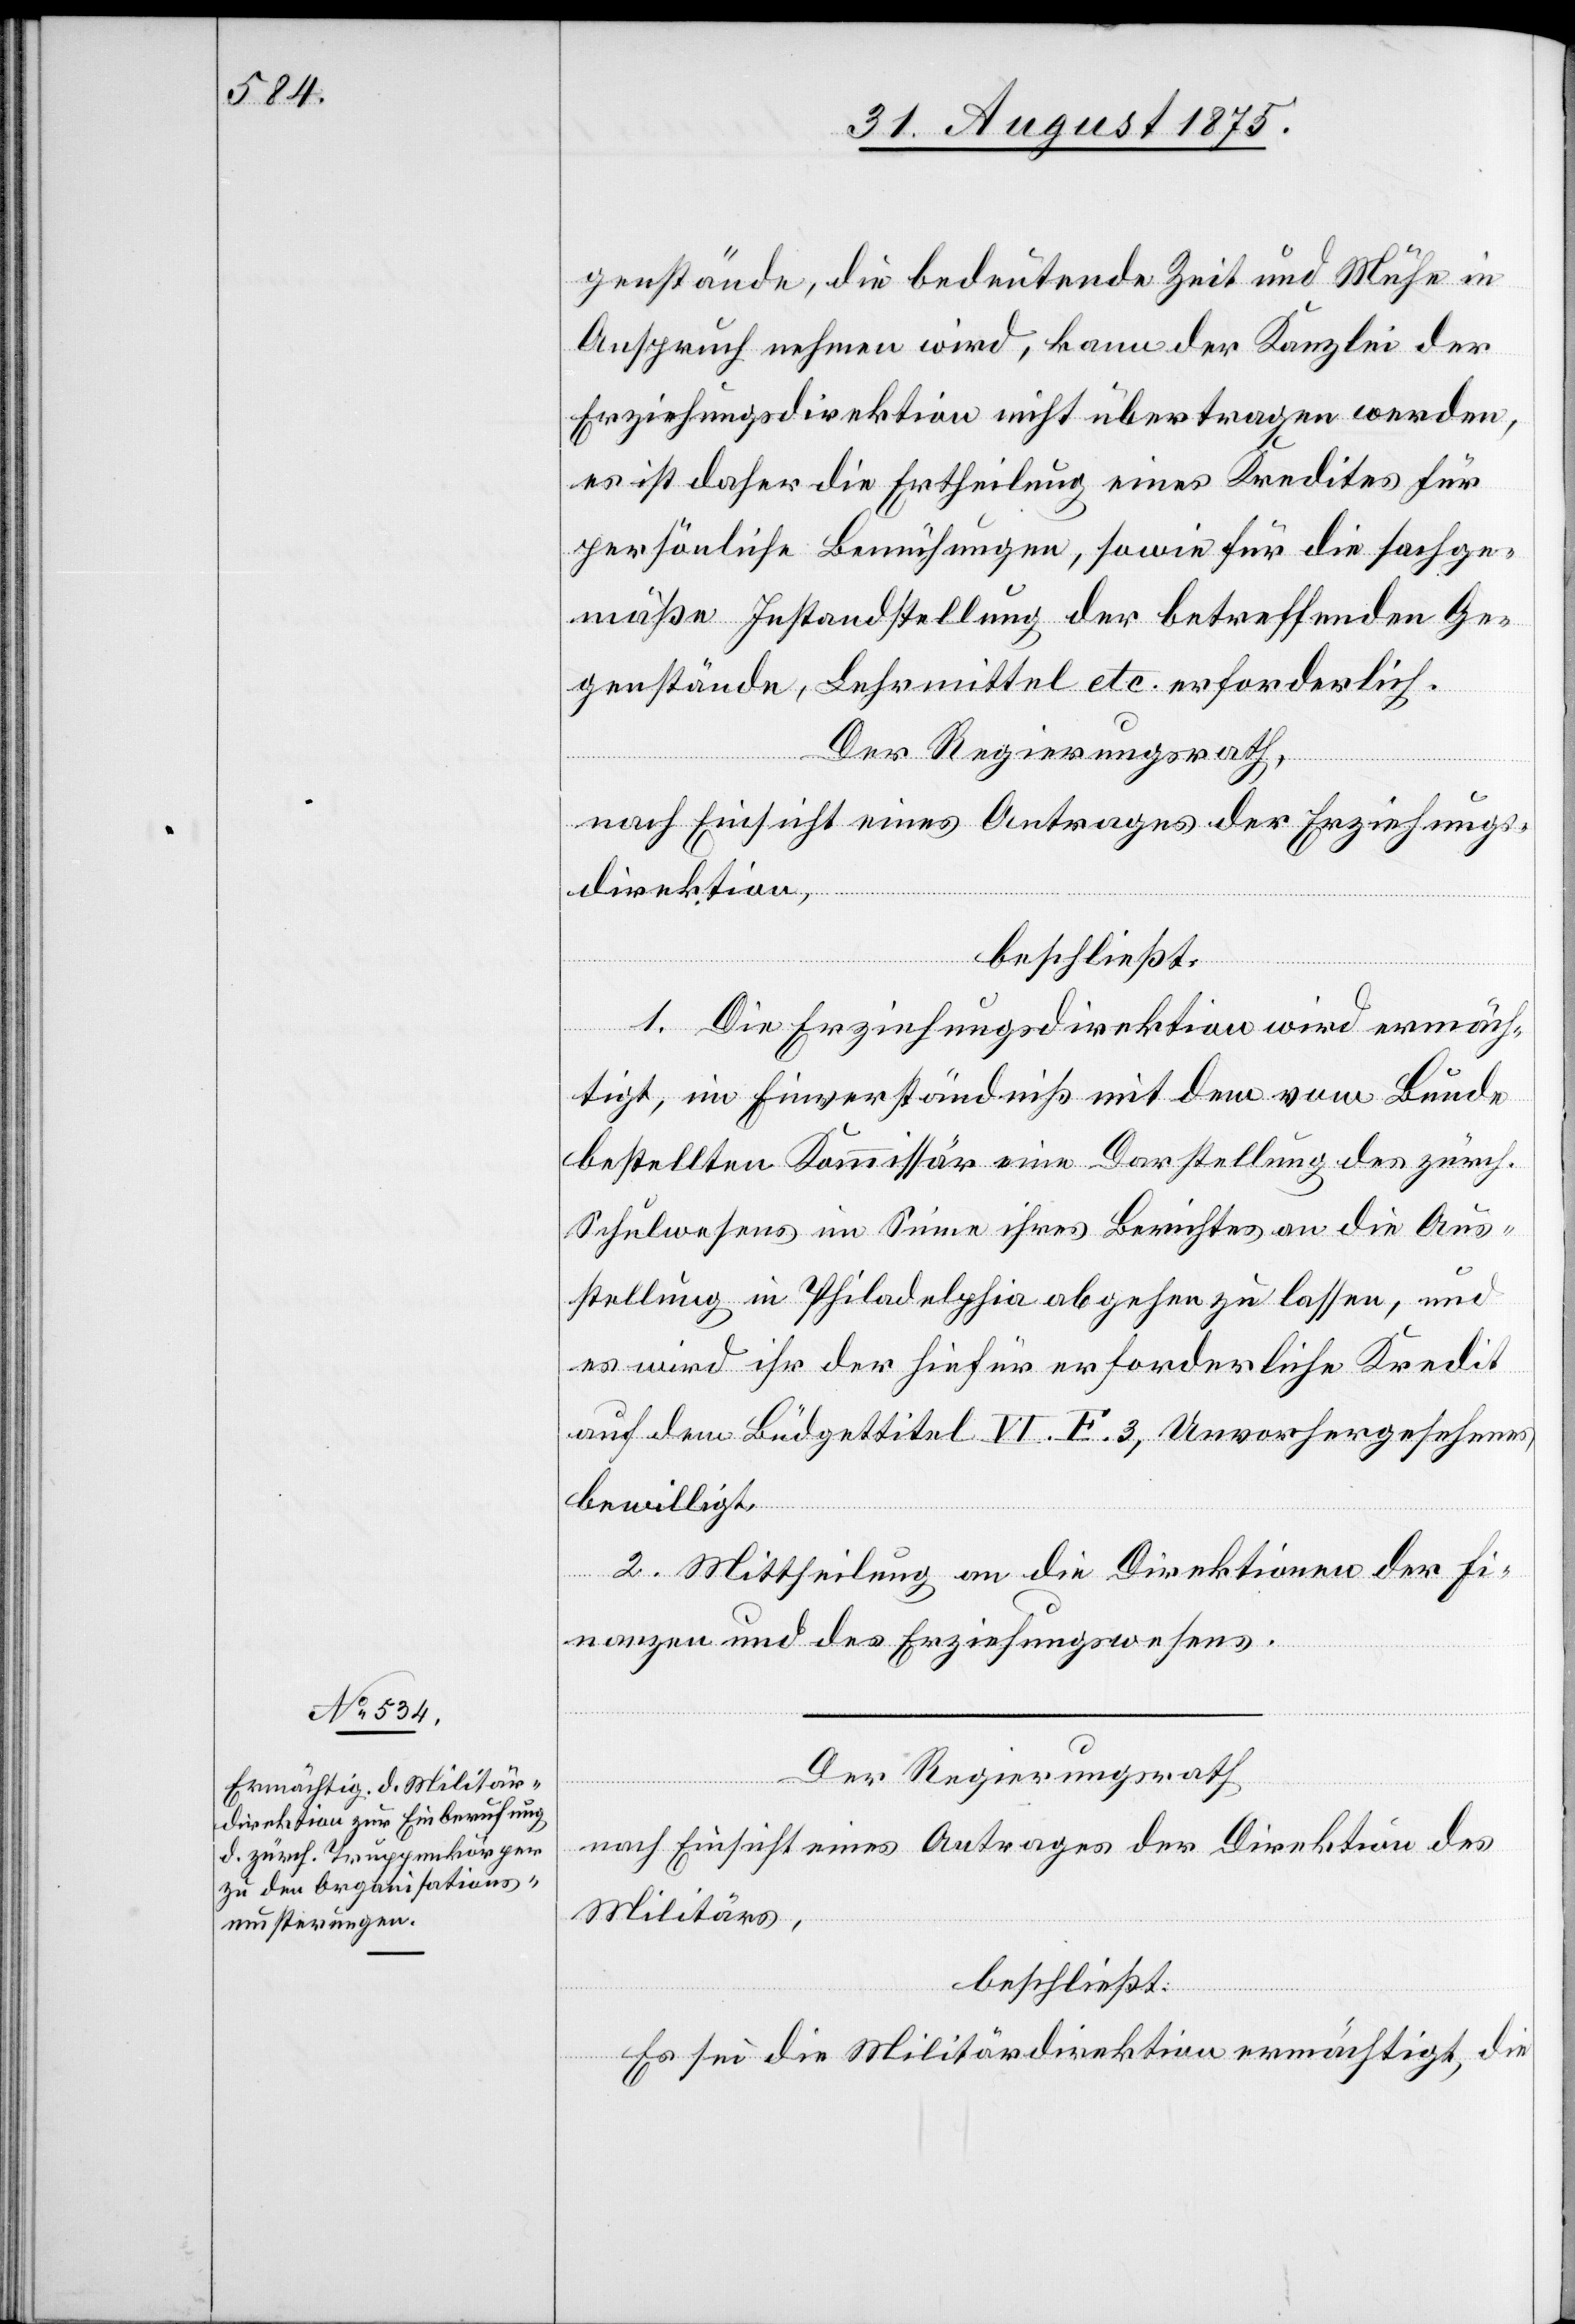
genstände , die bedeutende Zeit und Mühe in
Anspruch nehmen wird, kann der Kanzlei der
Erziehungsdirektion nicht übertragen werden,
es ist daher die Ertheilung eines Kredites für
persönliche Bemühungen, sowie für die fachge¬
mäße Instandstellung der betreffenden Ge¬
genstände, Lehrmittel etc. erforderlich.
Der Regierungsrath,
nach Einsicht eines Antrages der Erziehungs¬
direktion,
beschließt:
1. Die Erziehungsdirektion wird ermäch¬
tigt, im Einverständniß mit dem vom Bunde
bestellten Kommissär eine Darstellung des zürch.
Schulwesens im Sinne ihres Berichtes an die Aus¬
stellung in Philadelphia abgehen zu lassen, und
es wird ihr der hiefür erforderliche Kredit
auf dem Büdgettitel VI. F. 3, Unvorhergesehenes
bewilligt.
2. Mittheilung an die Direktionen der Fi¬
nanzen und des Erziehungswesens.
Der Regierungsrath
nach Einsicht eines Antrages der Direktion des
Militärs,
beschließt:
Es sei die Militärdirektion ermächtigt, die